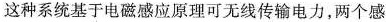
这种系统基于电磁感应原理可无线传输电力，两个感